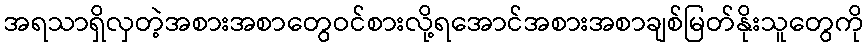
အရသာရှိလှတဲ့အစားအစာတွေဝင်စားလို့ရအောင်အစားအစာချစ်မြတ်နိုးသူတွေကို